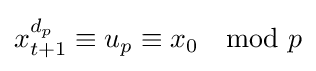
x_{t+1}^{d_{p}}\equiv u_{p}\equiv x_{0}\mod {p}